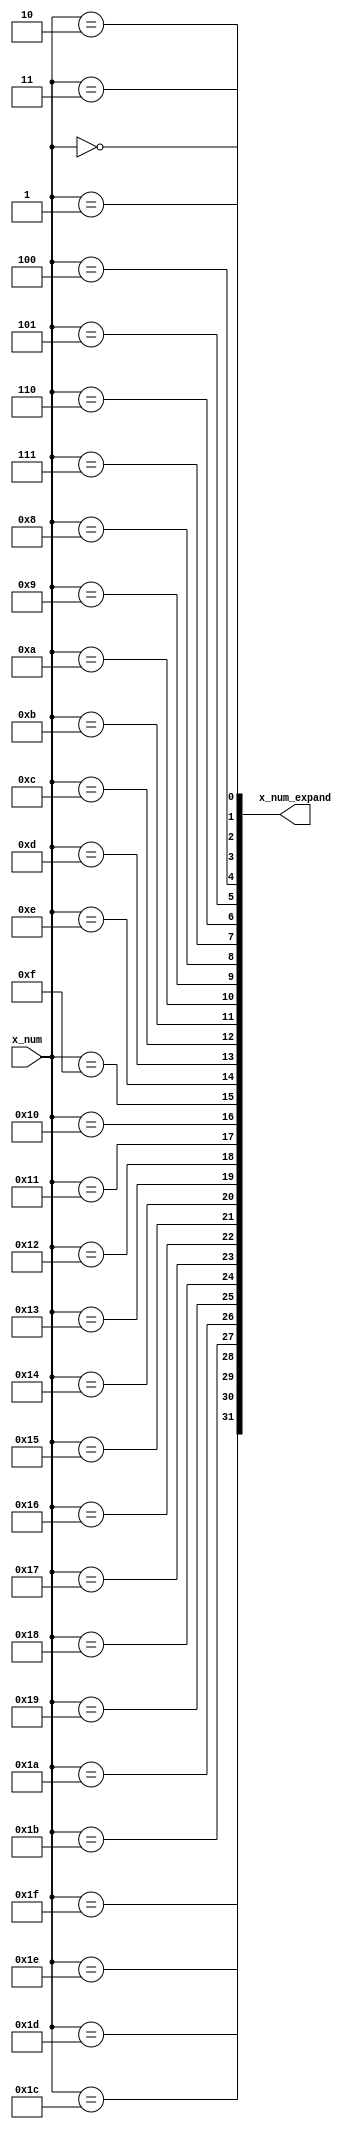
/*Copyright 2019-2021 T-Head Semiconductor Co., Ltd.

Licensed under the Apache License, Version 2.0 (the "License");
you may not use this file except in compliance with the License.
You may obtain a copy of the License at

    http://www.apache.org/licenses/LICENSE-2.0

Unless required by applicable law or agreed to in writing, software
distributed under the License is distributed on an "AS IS" BASIS,
WITHOUT WARRANTIES OR CONDITIONS OF ANY KIND, either express or implied.
See the License for the specific language governing permissions and
limitations under the License.
*/

// &ModuleBeg; @24
module ct_rtu_expand_32(
  x_num,
  x_num_expand
);

// &Ports; @25
input   [4 :0]  x_num;       
output  [31:0]  x_num_expand; 

// &Regs; @26

// &Wires; @27
wire    [4 :0]  x_num;       
wire    [31:0]  x_num_expand; 


//==========================================================
//       expand 5 bits number to 32 bits one-hot number
//==========================================================
assign x_num_expand[0]  = (x_num[4:0] == 5'd0);
assign x_num_expand[1]  = (x_num[4:0] == 5'd1);
assign x_num_expand[2]  = (x_num[4:0] == 5'd2);
assign x_num_expand[3]  = (x_num[4:0] == 5'd3);
assign x_num_expand[4]  = (x_num[4:0] == 5'd4);
assign x_num_expand[5]  = (x_num[4:0] == 5'd5);
assign x_num_expand[6]  = (x_num[4:0] == 5'd6);
assign x_num_expand[7]  = (x_num[4:0] == 5'd7);
assign x_num_expand[8]  = (x_num[4:0] == 5'd8);
assign x_num_expand[9]  = (x_num[4:0] == 5'd9);
assign x_num_expand[10] = (x_num[4:0] == 5'd10);
assign x_num_expand[11] = (x_num[4:0] == 5'd11);
assign x_num_expand[12] = (x_num[4:0] == 5'd12);
assign x_num_expand[13] = (x_num[4:0] == 5'd13);
assign x_num_expand[14] = (x_num[4:0] == 5'd14);
assign x_num_expand[15] = (x_num[4:0] == 5'd15);
assign x_num_expand[16] = (x_num[4:0] == 5'd16);
assign x_num_expand[17] = (x_num[4:0] == 5'd17);
assign x_num_expand[18] = (x_num[4:0] == 5'd18);
assign x_num_expand[19] = (x_num[4:0] == 5'd19);
assign x_num_expand[20] = (x_num[4:0] == 5'd20);
assign x_num_expand[21] = (x_num[4:0] == 5'd21);
assign x_num_expand[22] = (x_num[4:0] == 5'd22);
assign x_num_expand[23] = (x_num[4:0] == 5'd23);
assign x_num_expand[24] = (x_num[4:0] == 5'd24);
assign x_num_expand[25] = (x_num[4:0] == 5'd25);
assign x_num_expand[26] = (x_num[4:0] == 5'd26);
assign x_num_expand[27] = (x_num[4:0] == 5'd27);
assign x_num_expand[28] = (x_num[4:0] == 5'd28);
assign x_num_expand[29] = (x_num[4:0] == 5'd29);
assign x_num_expand[30] = (x_num[4:0] == 5'd30);
assign x_num_expand[31] = (x_num[4:0] == 5'd31);

// &ModuleEnd; @65
endmodule